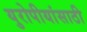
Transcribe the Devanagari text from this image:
युरोपीयांसाठी